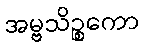
အမ္ဗသိဉ္စကော